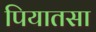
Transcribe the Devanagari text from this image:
पियातसा